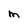
Character: m